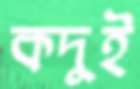
কদুই